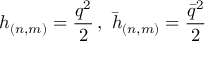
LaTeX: h _ { ( n , m ) } = \frac { q ^ { 2 } } { 2 } \, , \, \, \bar { h } _ { ( n , m ) } = \frac { \bar { q } ^ { 2 } } { 2 }